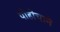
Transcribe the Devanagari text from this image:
पोहोंचाने